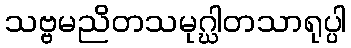
သဗ္ဗမညိတသမုဂ္ဃါတသာရုပ္ပါ